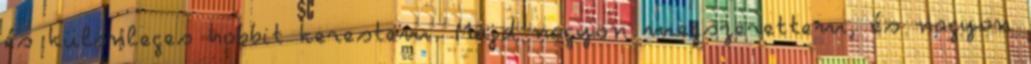
és különleges hobbit kerestem. Majd nagyon megszerettem, és nagyon